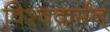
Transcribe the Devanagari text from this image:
विश्वकर्मन्‌